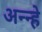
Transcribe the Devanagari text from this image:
अन्न्हे